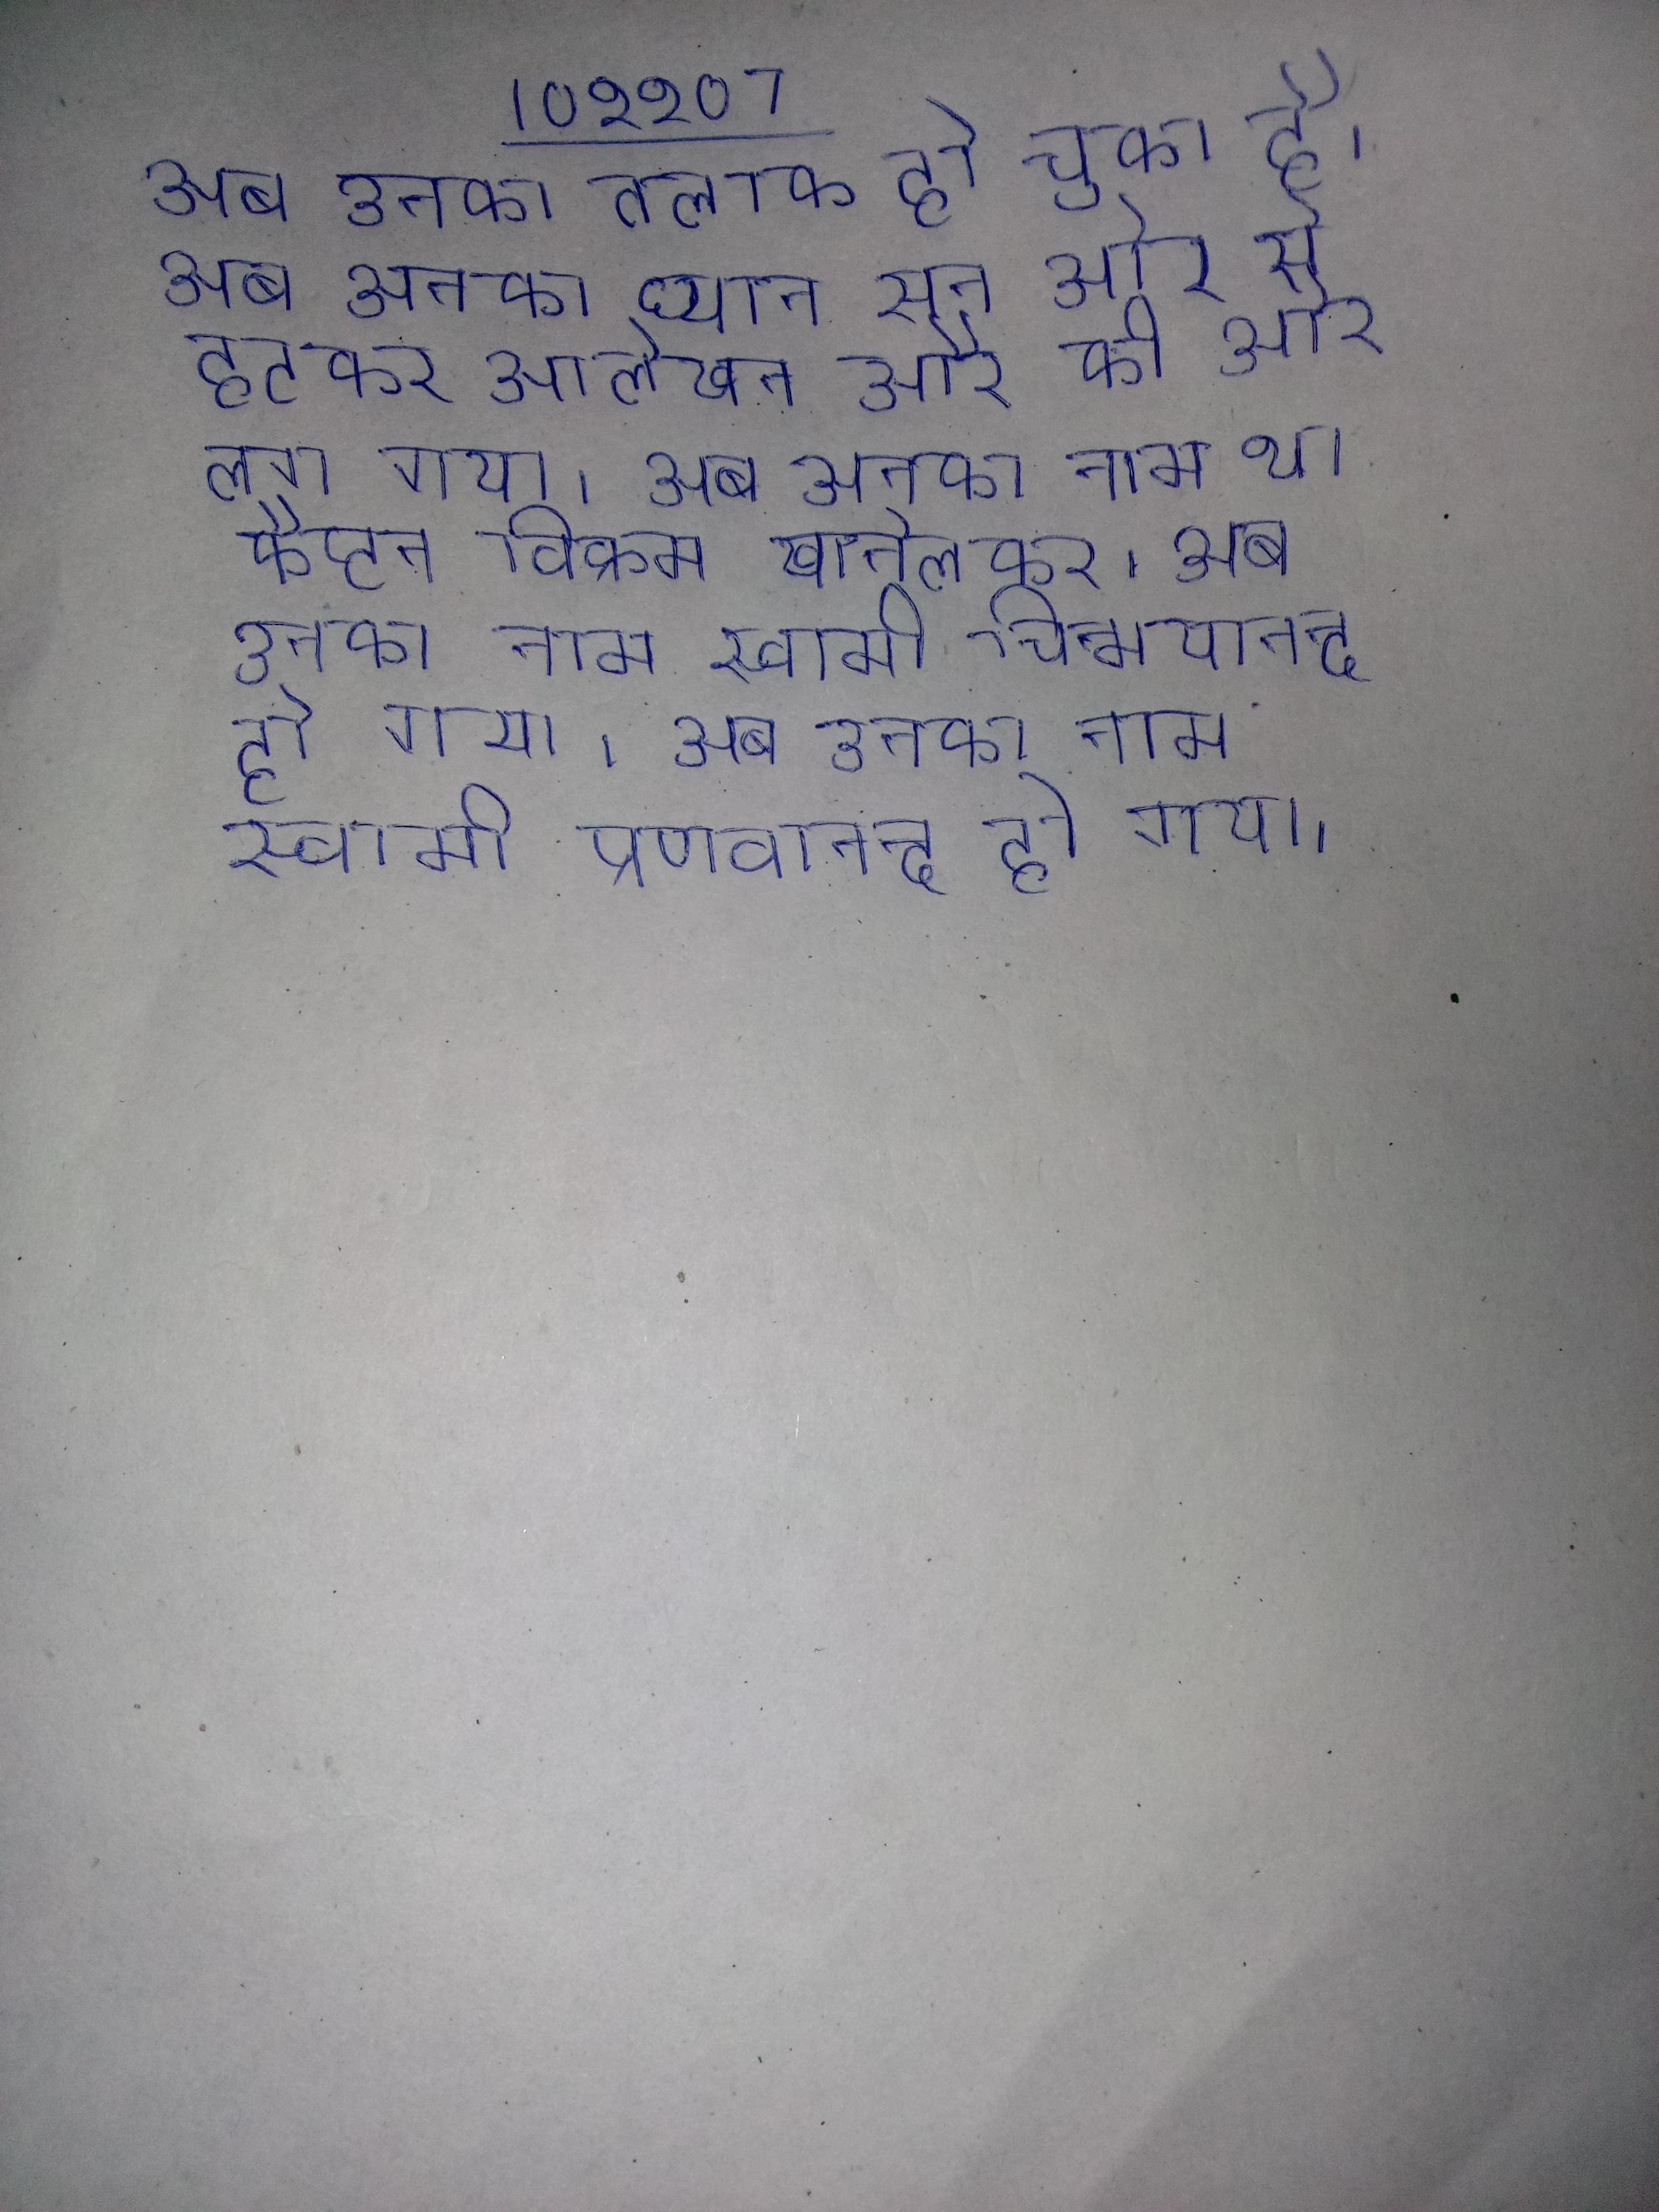
अब उनका तलाक हो चुका है । अब उनका ध्यान सब ओर से हटकर आलेखन और की ओर लग गया । अब उनका नाम था कैप्टन विक्रम खानोलकर । अब उनका नाम स्वामी चिन्मयानन्द हो गया । अब उनका नाम स्वामी प्रणवानन्द हो गया ।